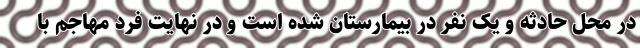
در محل حادثه و یک نفر در بیمارستان شده است و در نهایت فرد مهاجم با